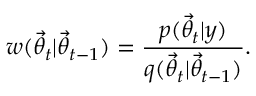
w ( \ensuremath { \vec { \theta } } _ { t } | \ensuremath { \vec { \theta } } _ { t - 1 } ) = \frac { p ( \ensuremath { \vec { \theta } } _ { t } | y ) } { q ( \ensuremath { \vec { \theta } } _ { t } | \ensuremath { \vec { \theta } } _ { t - 1 } ) } .